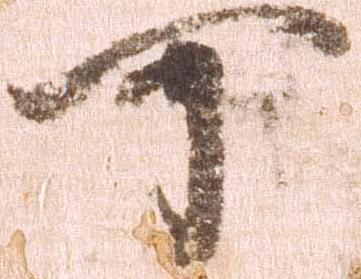
可